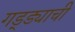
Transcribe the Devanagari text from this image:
गड्ड्याची